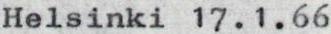
Helsinki 17.1.66